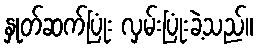
နှုတ်ဆက်ပြုံး လှမ်းပြုံးခဲ့သည်။